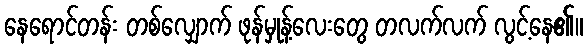
နေရောင်တန်း တစ်လျှောက် ဖုန်မှုန့်လေးတွေ တလက်လက် လွင့်နေ၏။